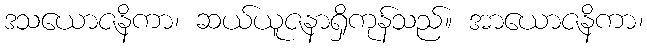
ဒသယောဇနိကာ၊ ဆယ်ယူဇနာရှိကုန်သည်။ အာယောဇနိကာ၊